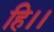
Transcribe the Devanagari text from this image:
हि।।